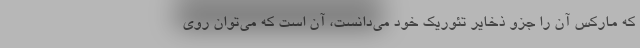
که مارکس آن را جزو ذخایر تئوریک خود می‌دانست، آن است که می‌توان روی